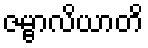
ဇမ္ဗာလိယာတိ